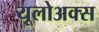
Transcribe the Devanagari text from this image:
यूलोअक्स